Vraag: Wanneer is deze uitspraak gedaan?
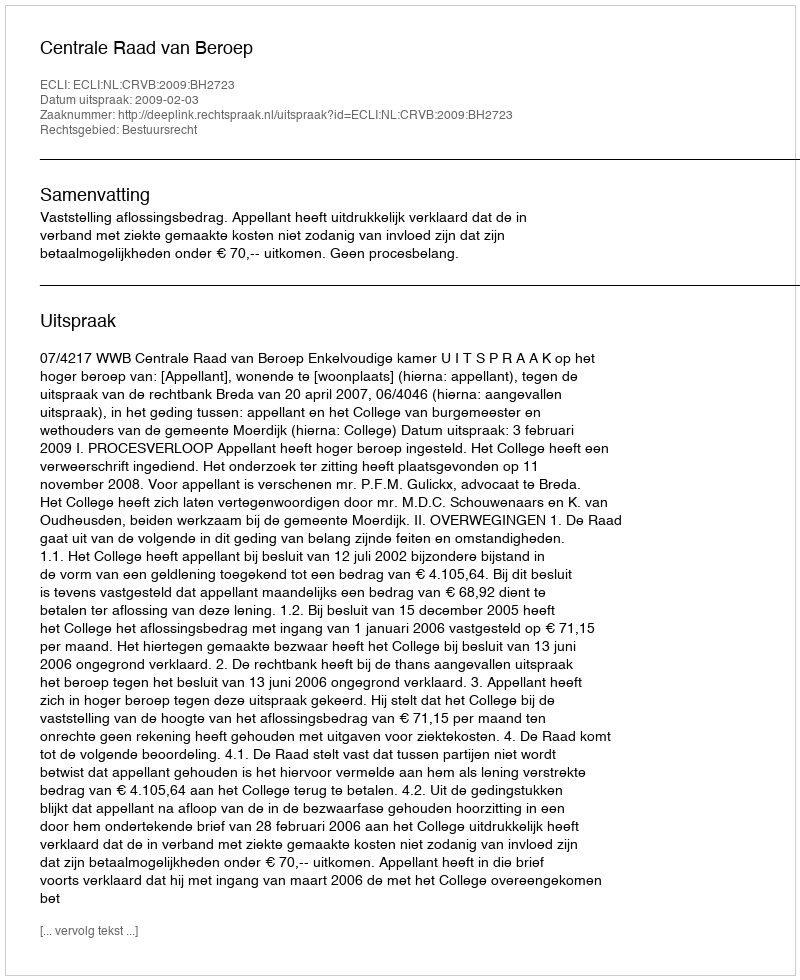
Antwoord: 2009-02-03